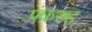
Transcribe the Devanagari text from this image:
पंकरुह